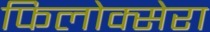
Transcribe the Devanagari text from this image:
फिलोक्सेरा